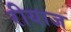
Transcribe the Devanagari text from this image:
रीयाज